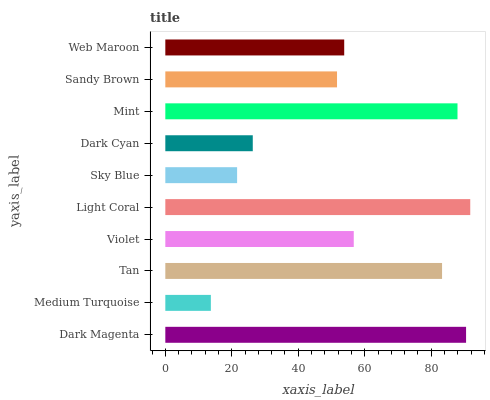
| yaxis_label | bars |
 | --- | --- |
 | Dark Magenta | 90.5 |
 | Medium Turquoise | 13.7 |
 | Tan | 83.3 |
 | Violet | 56.7 |
 | Light Coral | 91.7 |
 | Sky Blue | 21.6 |
 | Dark Cyan | 26.3 |
 | Mint | 87.9 |
 | Sandy Brown | 51.7 |
 | Web Maroon | 53.8 |